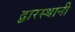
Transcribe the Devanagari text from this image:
द्वारस्थानी